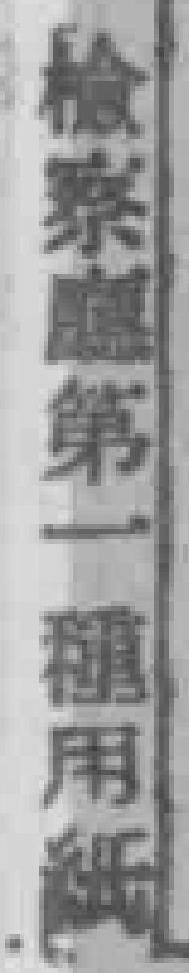
检察第一租用纸